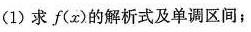
(1)求f ( x )的解析式及单调区间；